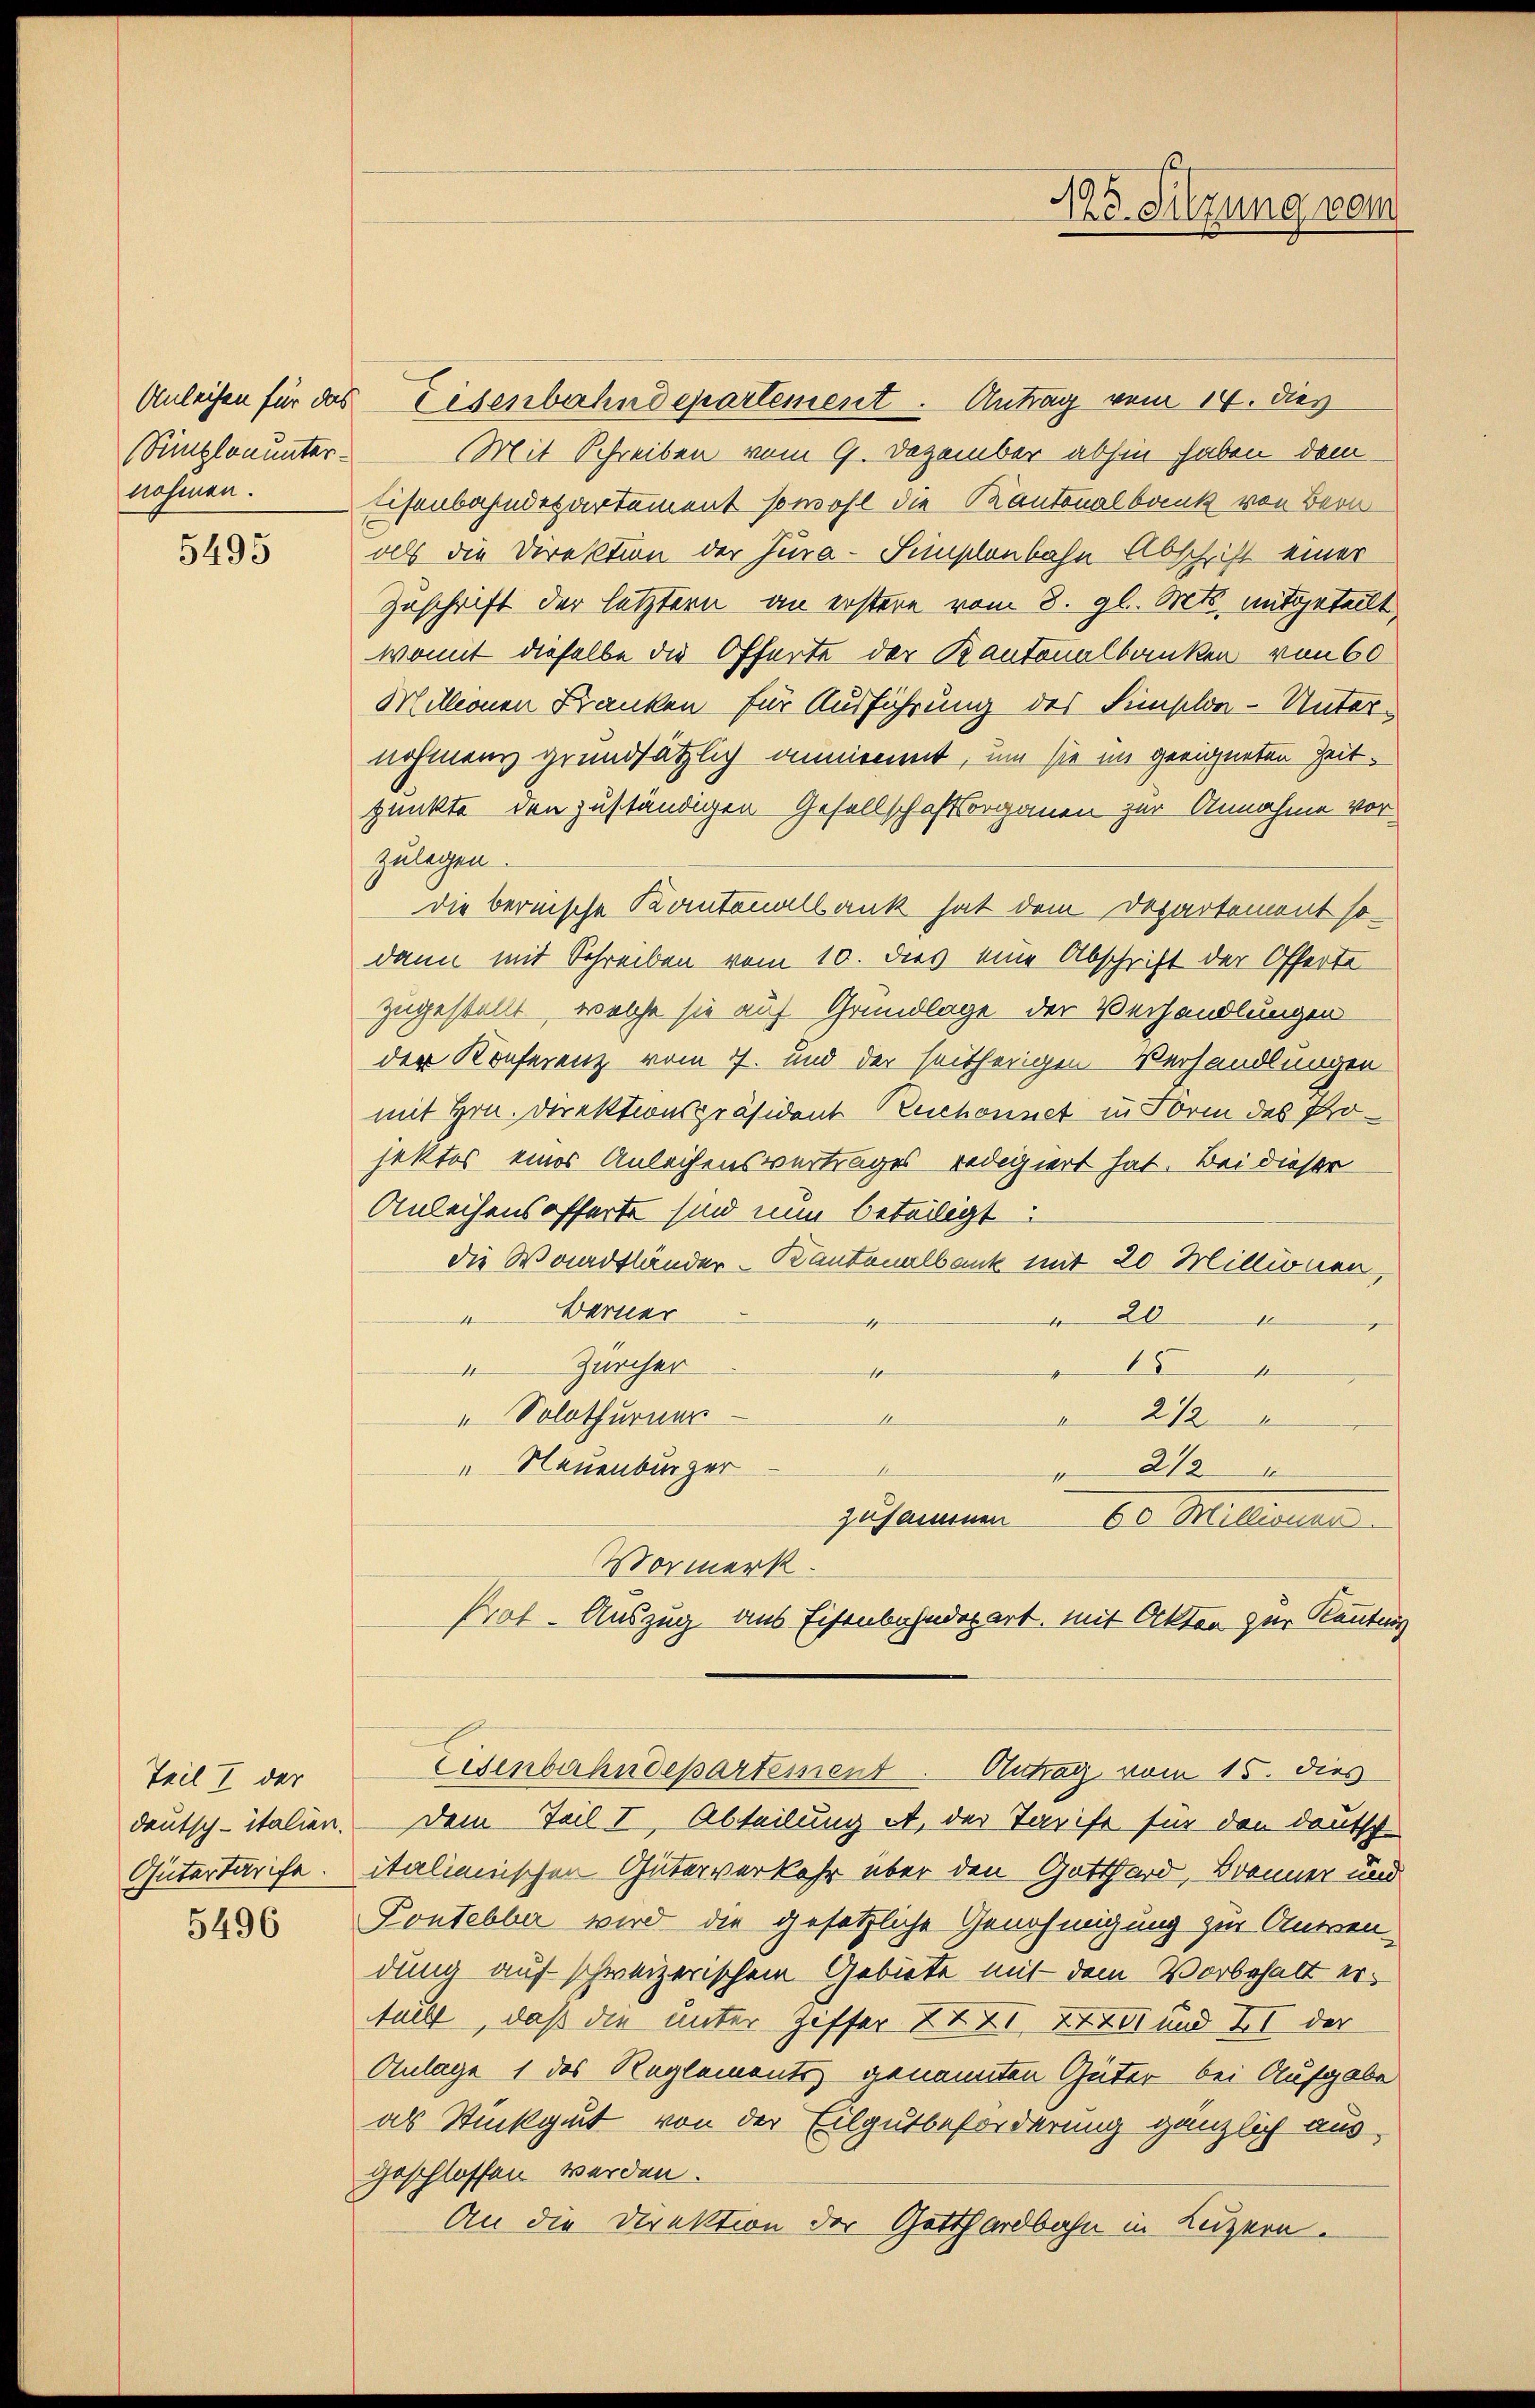
nehmen.

5495

Teil I der

5496

194
Exc. Sitzung vom

Anleihen für das Eisenbahndepartement. Antrag vom 14. dies
stümplonunter Mit Schreiben vom 9. Dezember abhin haben dem
Eisenbahndepartement sowohl die Kantonalbank von Bern
alls die Direktion der Jura-Simplenbahn Abschrift einer
Zuschrift der letztern an erstere vom 8. gl. Mts. mitgeteilt
womit dieselbe die Offerte der Kantonalbanken von 60
Millionen Franken für Ausführung des Simselon-Unternohmens grundsätzlich annimmt, um sie im geeigneten Zeitpunkte den zuständigen Gesellschaftsorganen zur Annahme vor
zulegen.
die bernische Kantonalbank hat dem Departement so
dann mit Schreiben vom 10. dies eine Abschrift der Offerte
zugestellt, welche sie auf Grundlage der Verhandlungen
der Konferenz vom 7. und der seitherigen Verhandlungen
mit Hrn. Direktionspräsident Zuschonnet in Form des Projektes eines Anleihensvertrages redigiert hat. Bei dieser
Anleihens offerte sind nun beteiligt.
die Waadtländer-Kantonalbank mit 20 Millionen,
Berner
 20
4
Zürcher
4
8
4
„ Solothurner
212
4
" Neuenburger
212
zusammen 60 Millionen
Vormerk.
Praf. Auszug aus Eisenbahndepart, mit Akten zur Reutung
Eisenbahndepartement. Antrag vom 15. dies
deutsch-italien. Dem Teil I, Abteilung et, der Tarife für den deutsch
Gütertarife. Italienischen Güterverkehr über den Gotthard, Brenner und
Pontebber wird die gesetzliche Genehmigung zur Anwen-
dung auf schweizerischem Gebiete mit dem Vorbehalt ertacht, daß die unter Ziffer XIXI, XXXII und II der
Anlage 1 des Reglements genannten Güter bei Aufgabe
als Stück gut von der Eilgutbeforderung gänzlich ausgeschlossen werden.
An die Direktion der Gotthardbahn in Luzern.